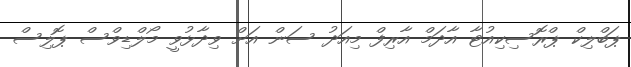
ޕަބްލިކް ޕްރޮސިކިއުޓާ އާދަމް އާރިފް މިއަދު ސަން އަށް ވިދާޅުވީ މޯލްޑިވްސް ޕޮލިސް